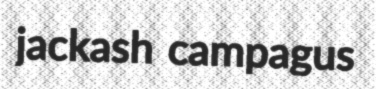
jackash campagus